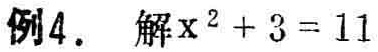
例4. 解\(x^{2}+3 = 11\)